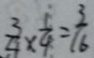
\frac { 3 } { 4 } \times \frac { 1 } { 4 } = \frac { 3 } { 1 6 }